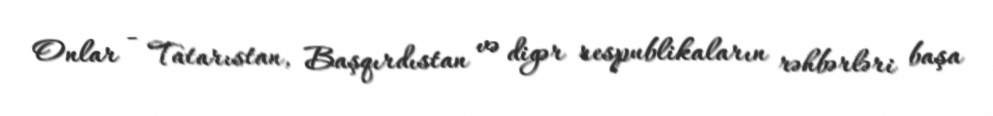
Onlar - Tatarıstan, Başqırdıstan və digər respublikaların rəhbərləri başa